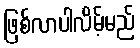
ဖြစ်လာပါလိမ့်မည်